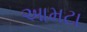
આમટા